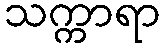
သက္ကာရာ